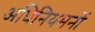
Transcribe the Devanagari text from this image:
अधिनियमनों